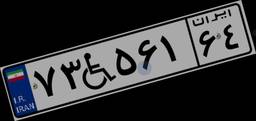
۷۳W۵۶۱۶۴